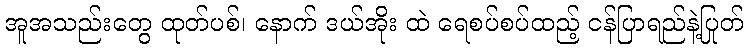
အူအသည်းတွေ ထုတ်ပစ်၊ နောက် ဒယ်အိုး ထဲ ရေစပ်စပ်ထည့် ငန်ပြာရည်နဲ့ပြုတ်